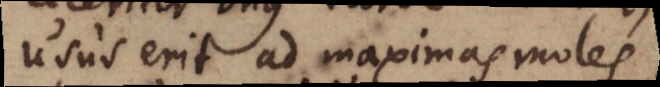
usus erit ad maximas moles